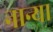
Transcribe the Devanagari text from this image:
नान्या